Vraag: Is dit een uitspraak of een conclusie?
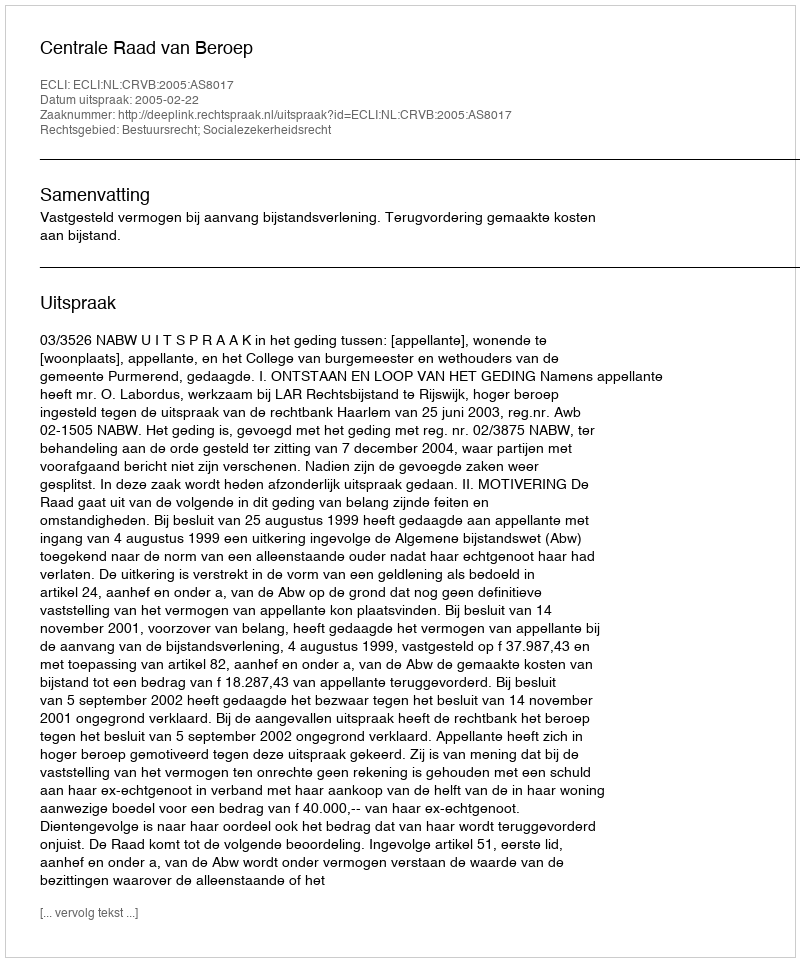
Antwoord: Uitspraak